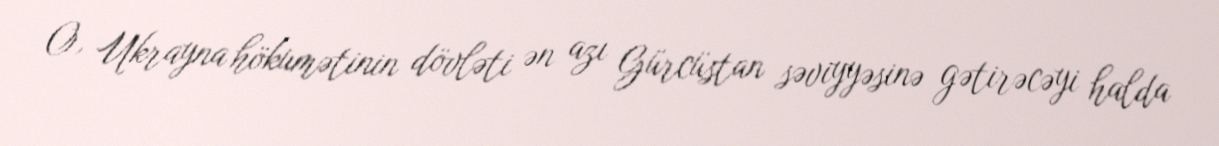
O, Ukrayna hökumətinin dövləti ən azı Gürcüstan səviyyəsinə gətirəcəyi halda